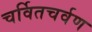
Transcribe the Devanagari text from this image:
चर्वितचर्वण